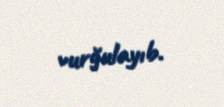
vurğulayıb.